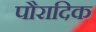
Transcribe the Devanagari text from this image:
पौरादिक